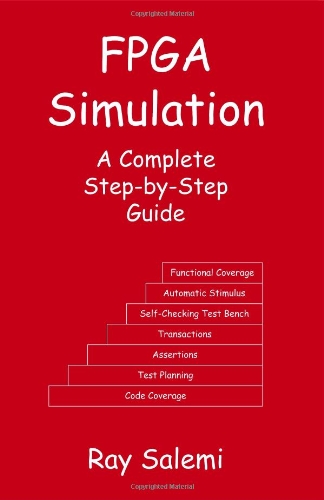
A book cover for FPGA Simulation: A Complete Step-by-Step Guide; Ray Salemi; Computers & Technology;